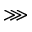
\ggg